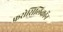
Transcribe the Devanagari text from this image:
फरोसिलिकॉन